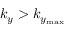
k _ { y } > k _ { y _ { \mathrm { m a x } } }